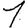
Digit: 1